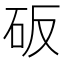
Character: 𰦥